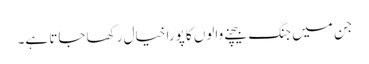
جن میں جنگ بیچنے والوں کا پورا خیال رکھا جاتا ہے۔